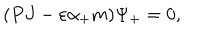
LaTeX: ( P J - \varepsilon \alpha _ { + } m ) \Psi _ { + } = 0 ,